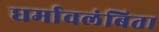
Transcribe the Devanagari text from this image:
धर्मावलंबिता